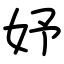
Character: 妤